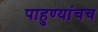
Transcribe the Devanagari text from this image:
पाहुण्यांचच